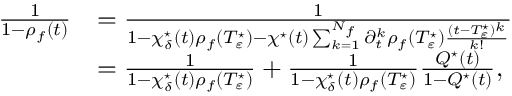
\begin{array} { r l } { \frac { 1 } { 1 - \rho _ { f } ( t ) } } & { = \frac { 1 } { 1 - \chi _ { \delta } ^ { \star } ( t ) \rho _ { f } ( T _ { \varepsilon } ^ { \star } ) - \chi ^ { \star } ( t ) \sum _ { k = 1 } ^ { N _ { f } } \partial _ { t } ^ { k } \rho _ { f } ( T _ { \varepsilon } ^ { \star } ) \frac { ( t - T _ { \varepsilon } ^ { \star } ) ^ { k } } { k ! } } } \\ & { = \frac { 1 } { 1 - \chi _ { \delta } ^ { \star } ( t ) \rho _ { f } ( T _ { \varepsilon } ^ { \star } ) } + \frac { 1 } { 1 - \chi _ { \delta } ^ { \star } ( t ) \rho _ { f } ( T _ { \varepsilon } ^ { \star } ) } \frac { Q ^ { \star } ( t ) } { 1 - Q ^ { \star } ( t ) } , } \end{array}